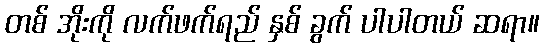
တစ် အိုးကို လက်ဖက်ရည် နှစ် ခွက် ပါပါတယ် ဆရာ။